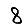
Digit: 8